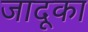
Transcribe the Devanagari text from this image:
जादूका